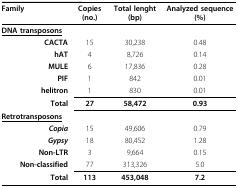
<table><thead><tr><td><b>Family</b></td><td><b>Copies (no.)</b></td><td><b>Total lenght (bp)</b></td><td><b>Analyzed sequence (%)</b></td></tr></thead><tbody><tr><td><b><underline>DNA transposons</underline></b></td><td>[EMPTY_CELL]</td><td>[EMPTY_CELL]</td><td>[EMPTY_CELL]</td></tr><tr><td><b>CACTA</b></td><td>15</td><td>30,238</td><td>0.48</td></tr><tr><td><b>hAT</b></td><td>4</td><td>8,726</td><td>0.14</td></tr><tr><td><b>MULE</b></td><td>6</td><td>17,836</td><td>0.28</td></tr><tr><td><b>PIF</b></td><td>1</td><td>842</td><td>0.01</td></tr><tr><td><b>helitron</b></td><td>1</td><td>830</td><td>0.01</td></tr><tr><td><b>Total</b></td><td><b>27</b></td><td><b>58,472</b></td><td><b>0.93</b></td></tr><tr><td><b><underline>Retrotransposons</underline></b></td><td>[EMPTY_CELL]</td><td>[EMPTY_CELL]</td><td>[EMPTY_CELL]</td></tr><tr><td><b><i>Copia</i></b></td><td>15</td><td>49,606</td><td>0.79</td></tr><tr><td><b><i>Gypsy</i></b></td><td>18</td><td>80,452</td><td>1.28</td></tr><tr><td><b>Non-LTR</b></td><td>3</td><td>9,664</td><td>0.15</td></tr><tr><td><b>Non-classified</b></td><td>77</td><td>313,326</td><td>5.0</td></tr><tr><td><b>Total</b></td><td><b>113</b></td><td><b>453,048</b></td><td><b>7.2</b></td></tr></tbody></table>